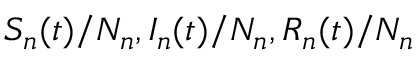
S _ { n } ( t ) / N _ { n } , I _ { n } ( t ) / N _ { n } , R _ { n } ( t ) / N _ { n }